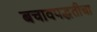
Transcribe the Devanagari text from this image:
बचावपद्धतीचा